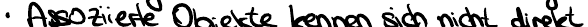
Assoziierte Objekte kennen sich nicht direkt